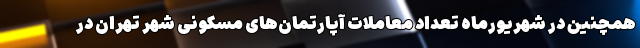
همچنین در شهریورماه تعداد معاملات آپارتمان‌های مسکونی شهر تهران در